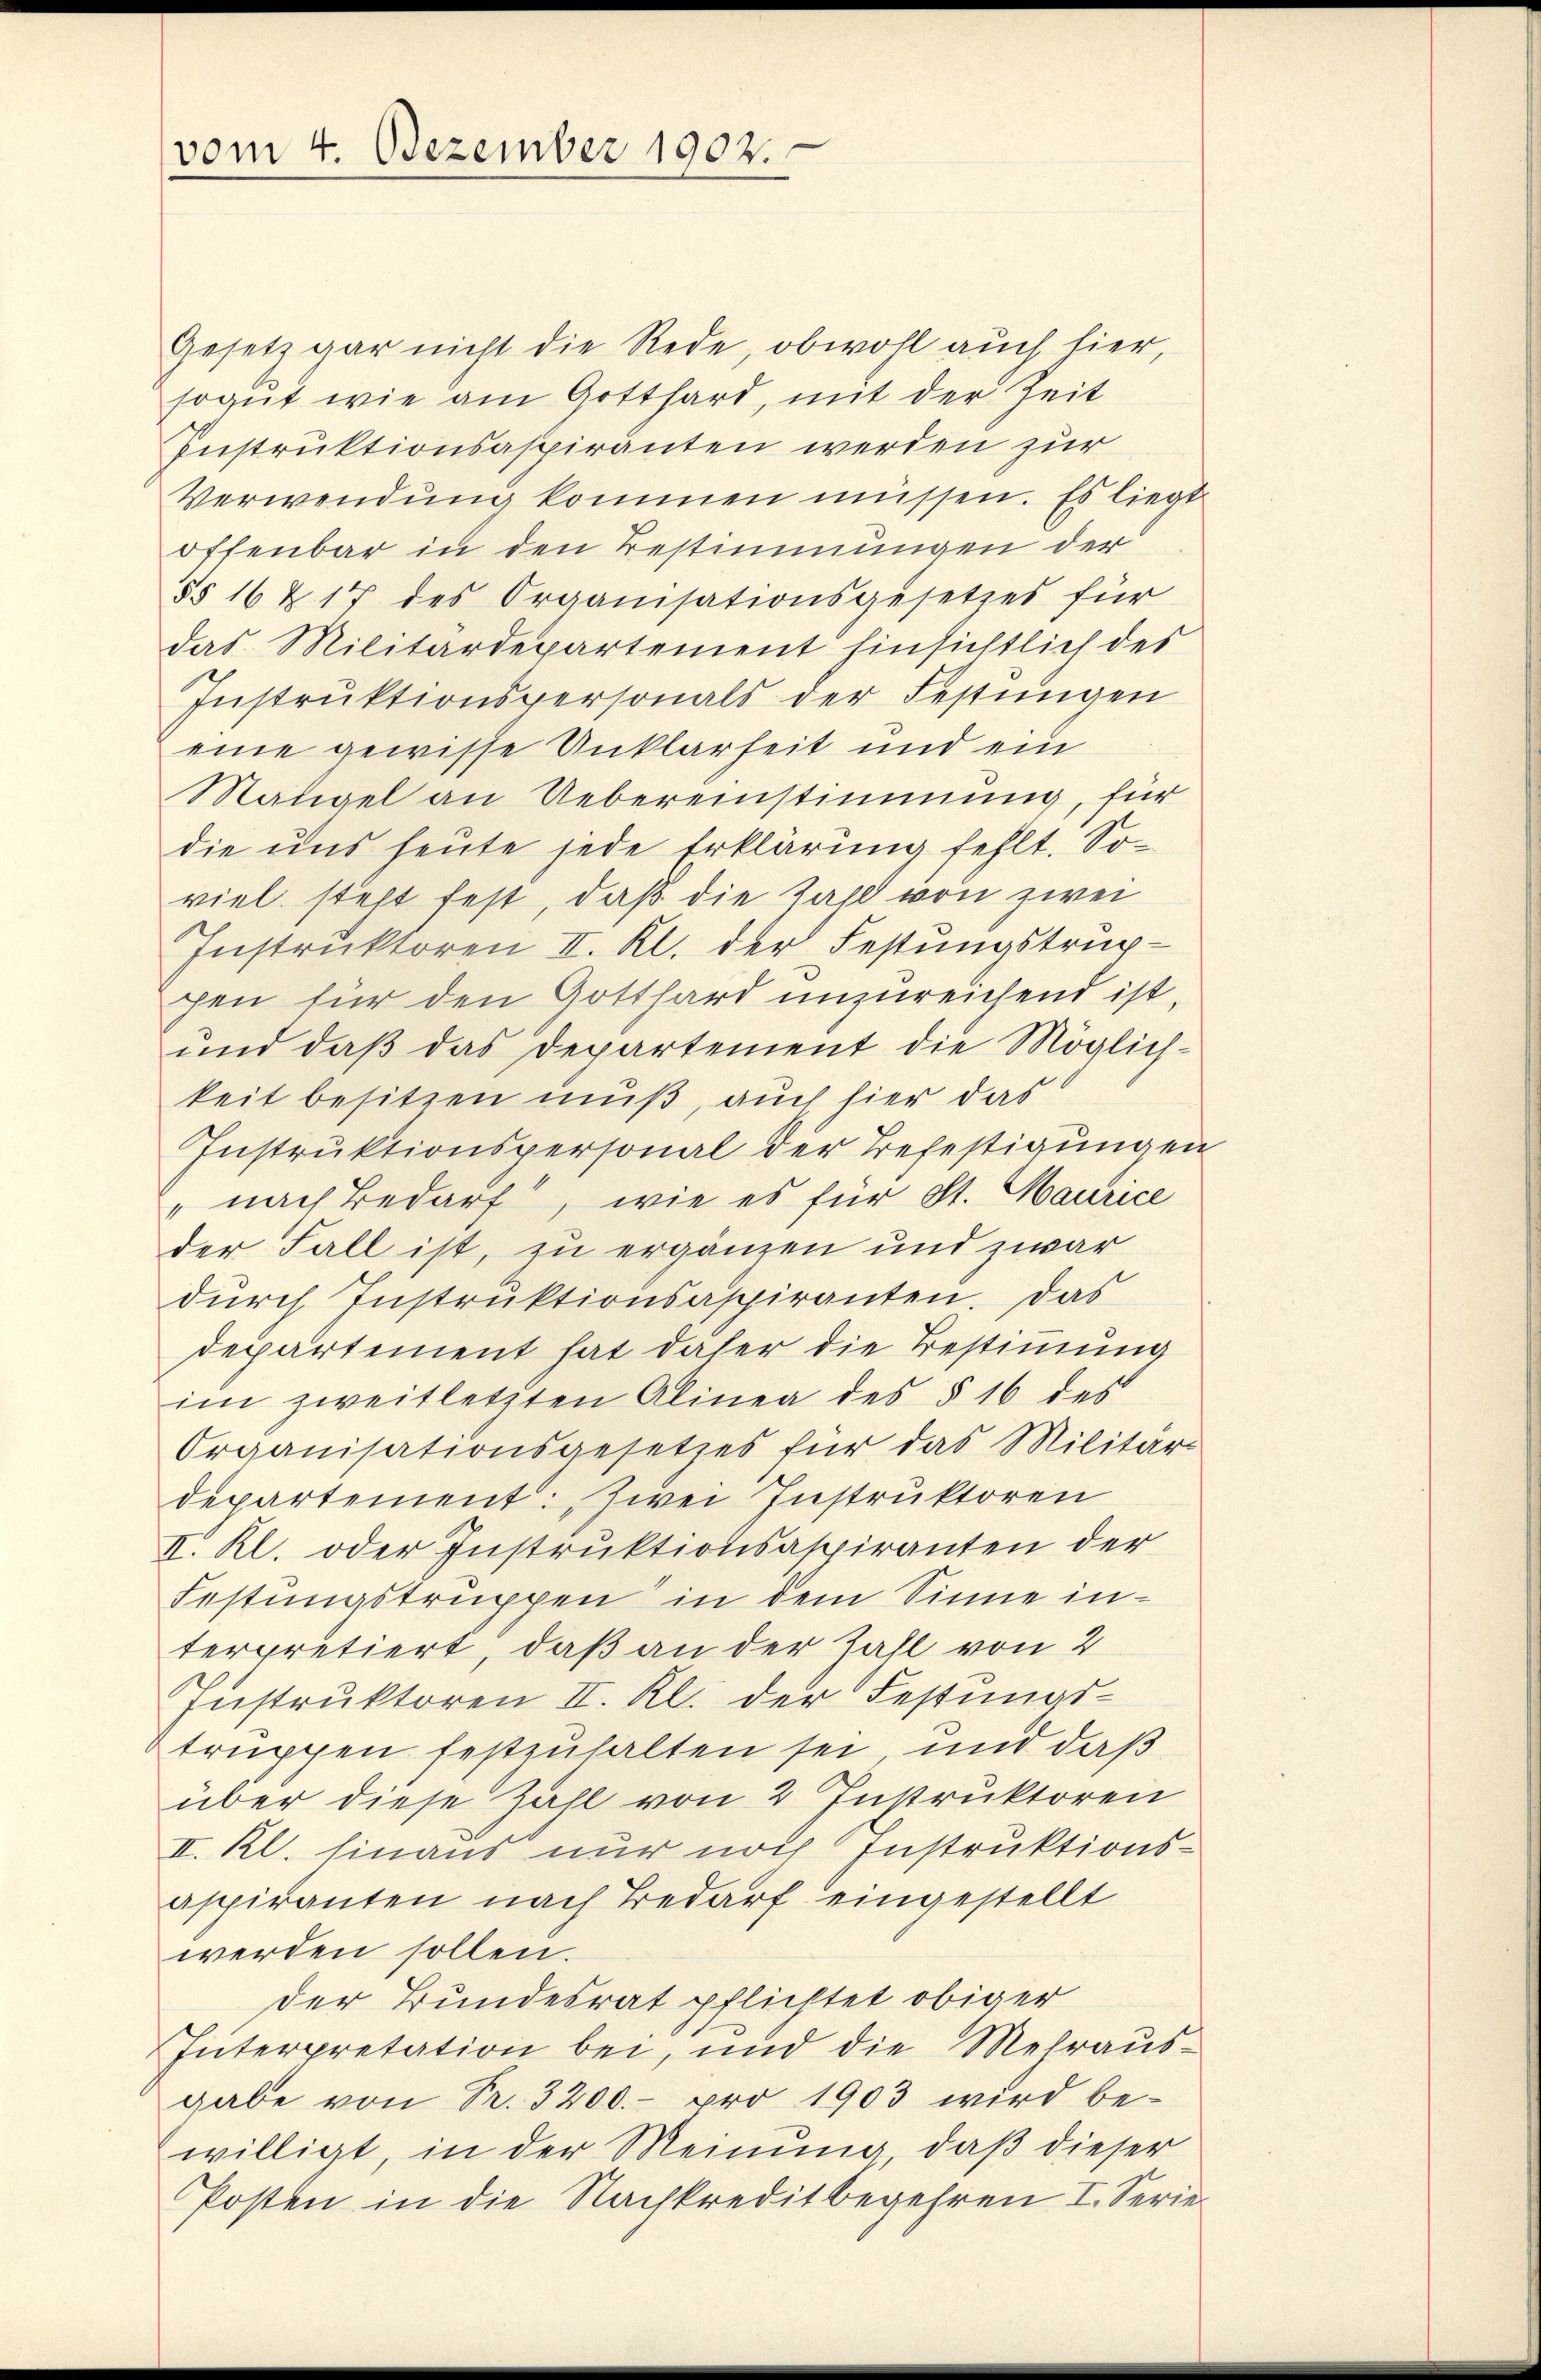
vom 4. Dezember 1902.

Gesetz gar nicht die Rede, obwohl auch hier,
sogut wie am Gotthard, mit der Zeit
Instruktionsaspiranten werden zur
Verwendung kommen müssen. Es liegt
offenbar in den Bestimmungen der
§§ 16 & 17 des Organisationsgesetzes für
das Militärdepartement hinsichtlich des
Instruktionspersonals der Festungen
eine gewisse Unklarheit und ein
Mätigel an Uebereinstimmung, für
die uns heute jede Erklärung fehlt. Soviel steht fest, daß die Zahl von zwei
Instruktoren II. Kl. der Festungstruppen für den Gotthard unzureichend ist.
ŭnd daβ das Departement die Möglich-
keit besitzen muß, auch hier das
Instruktionspersonal der Befestigungen
" nach Bedarf, wie es für St. Maurice
der Fall ist, zu ergänzen und zwar
dŭrch Instruktionsaspiranten. Das
departement hat daher die Bestimmung
im zweitletzten Alinea des § 16 des
Organisationsgesetzes für das Militär
departement: Zwei Instruktoren
II. Kl. oder Instruktionsaspiranten der
Festungstruppen in dem Sinne interpretiert, daß an der Zahl von 2
Instruktoren II. Kl. der Festungstruppen festzuhalten sei, und daß
über diese Zahl von 2 Instruktoren
II. Kl. hinaus nur noch Instruktionsaspiranten nach Bedarf eingestellt
werden sollen.
der Bundesrat pflichtet obiger
Interpretation bei, und die Mehrausgabe von Pr. 3200.- pro 1903 wird bewilligt, in der Meinung, daß dieser
Posten in die Nachkreditbegehren I. Serie